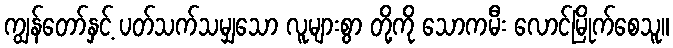
ကျွန်တော်နှင့် ပတ်သက်သမျှသော လူများစွာ တို့ကို သောကမီး လောင်မြိုက်စေသူ။